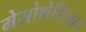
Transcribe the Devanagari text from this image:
मेसोथेलिअल